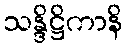
သန္ဒိဋ္ဌိကာနိ